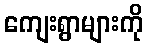
ကျေးရွာများကို